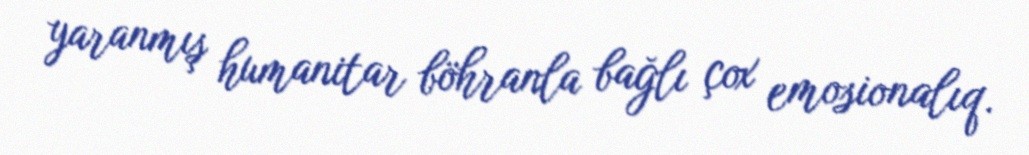
yaranmış humanitar böhranla bağlı çox emosionalıq.